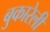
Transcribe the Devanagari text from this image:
बुकारेली